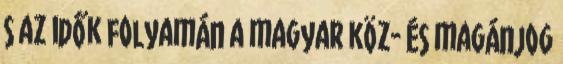
s az idők folyamán a magyar köz- és magánjog